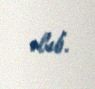
olub.